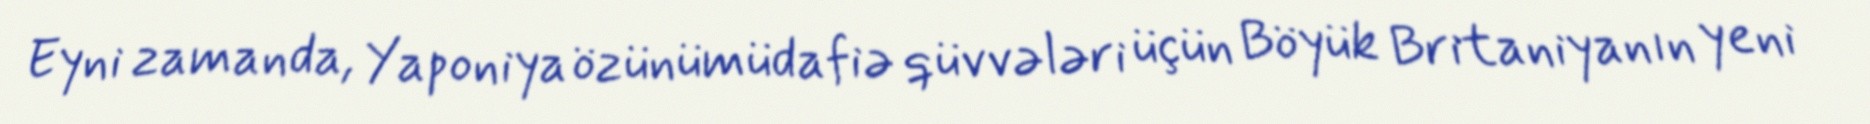
Eyni zamanda, Yaponiya özünümüdafiə qüvvələri üçün Böyük Britaniyanın yeni